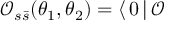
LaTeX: \mathcal { O } _ { s \bar { s } } ( \theta _ { 1 } , \theta _ { 2 } ) = \langle \, 0 \, | \, \mathcal { O }